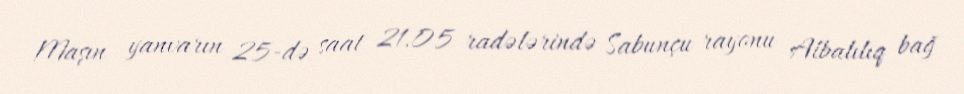
Maşın yanvarın 25-də saat 21.05 radələrində Sabunçu rayonu Albalılıq bağ